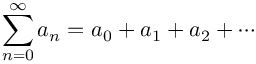
\sum _ { n = 0 } ^ { \infty } a _ { n } = a _ { 0 } + a _ { 1 } + a _ { 2 } + \cdots